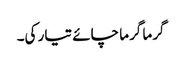
گرما گرما چائے تیار کی۔